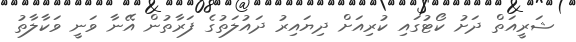
ޝަރީއަތް ދަށު ކޯޓުގައި ކުރިއަށް ދިޔައިރު ދައުލަތުގެ ފަރާތުން އޭނާ ވަނީ ވަކާލާތު